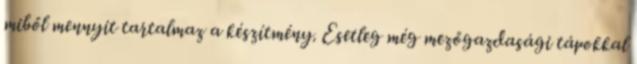
miből mennyit tartalmaz a készítmény. Esetleg még mezőgazdasági tápokkal